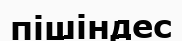
пішіндес